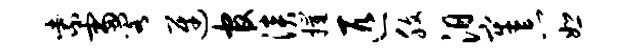
紫雷阁迓官淡摧匹腹汨牢忘恕